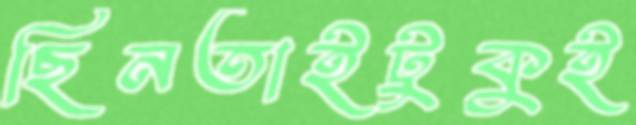
ছিনতাইটুকুই